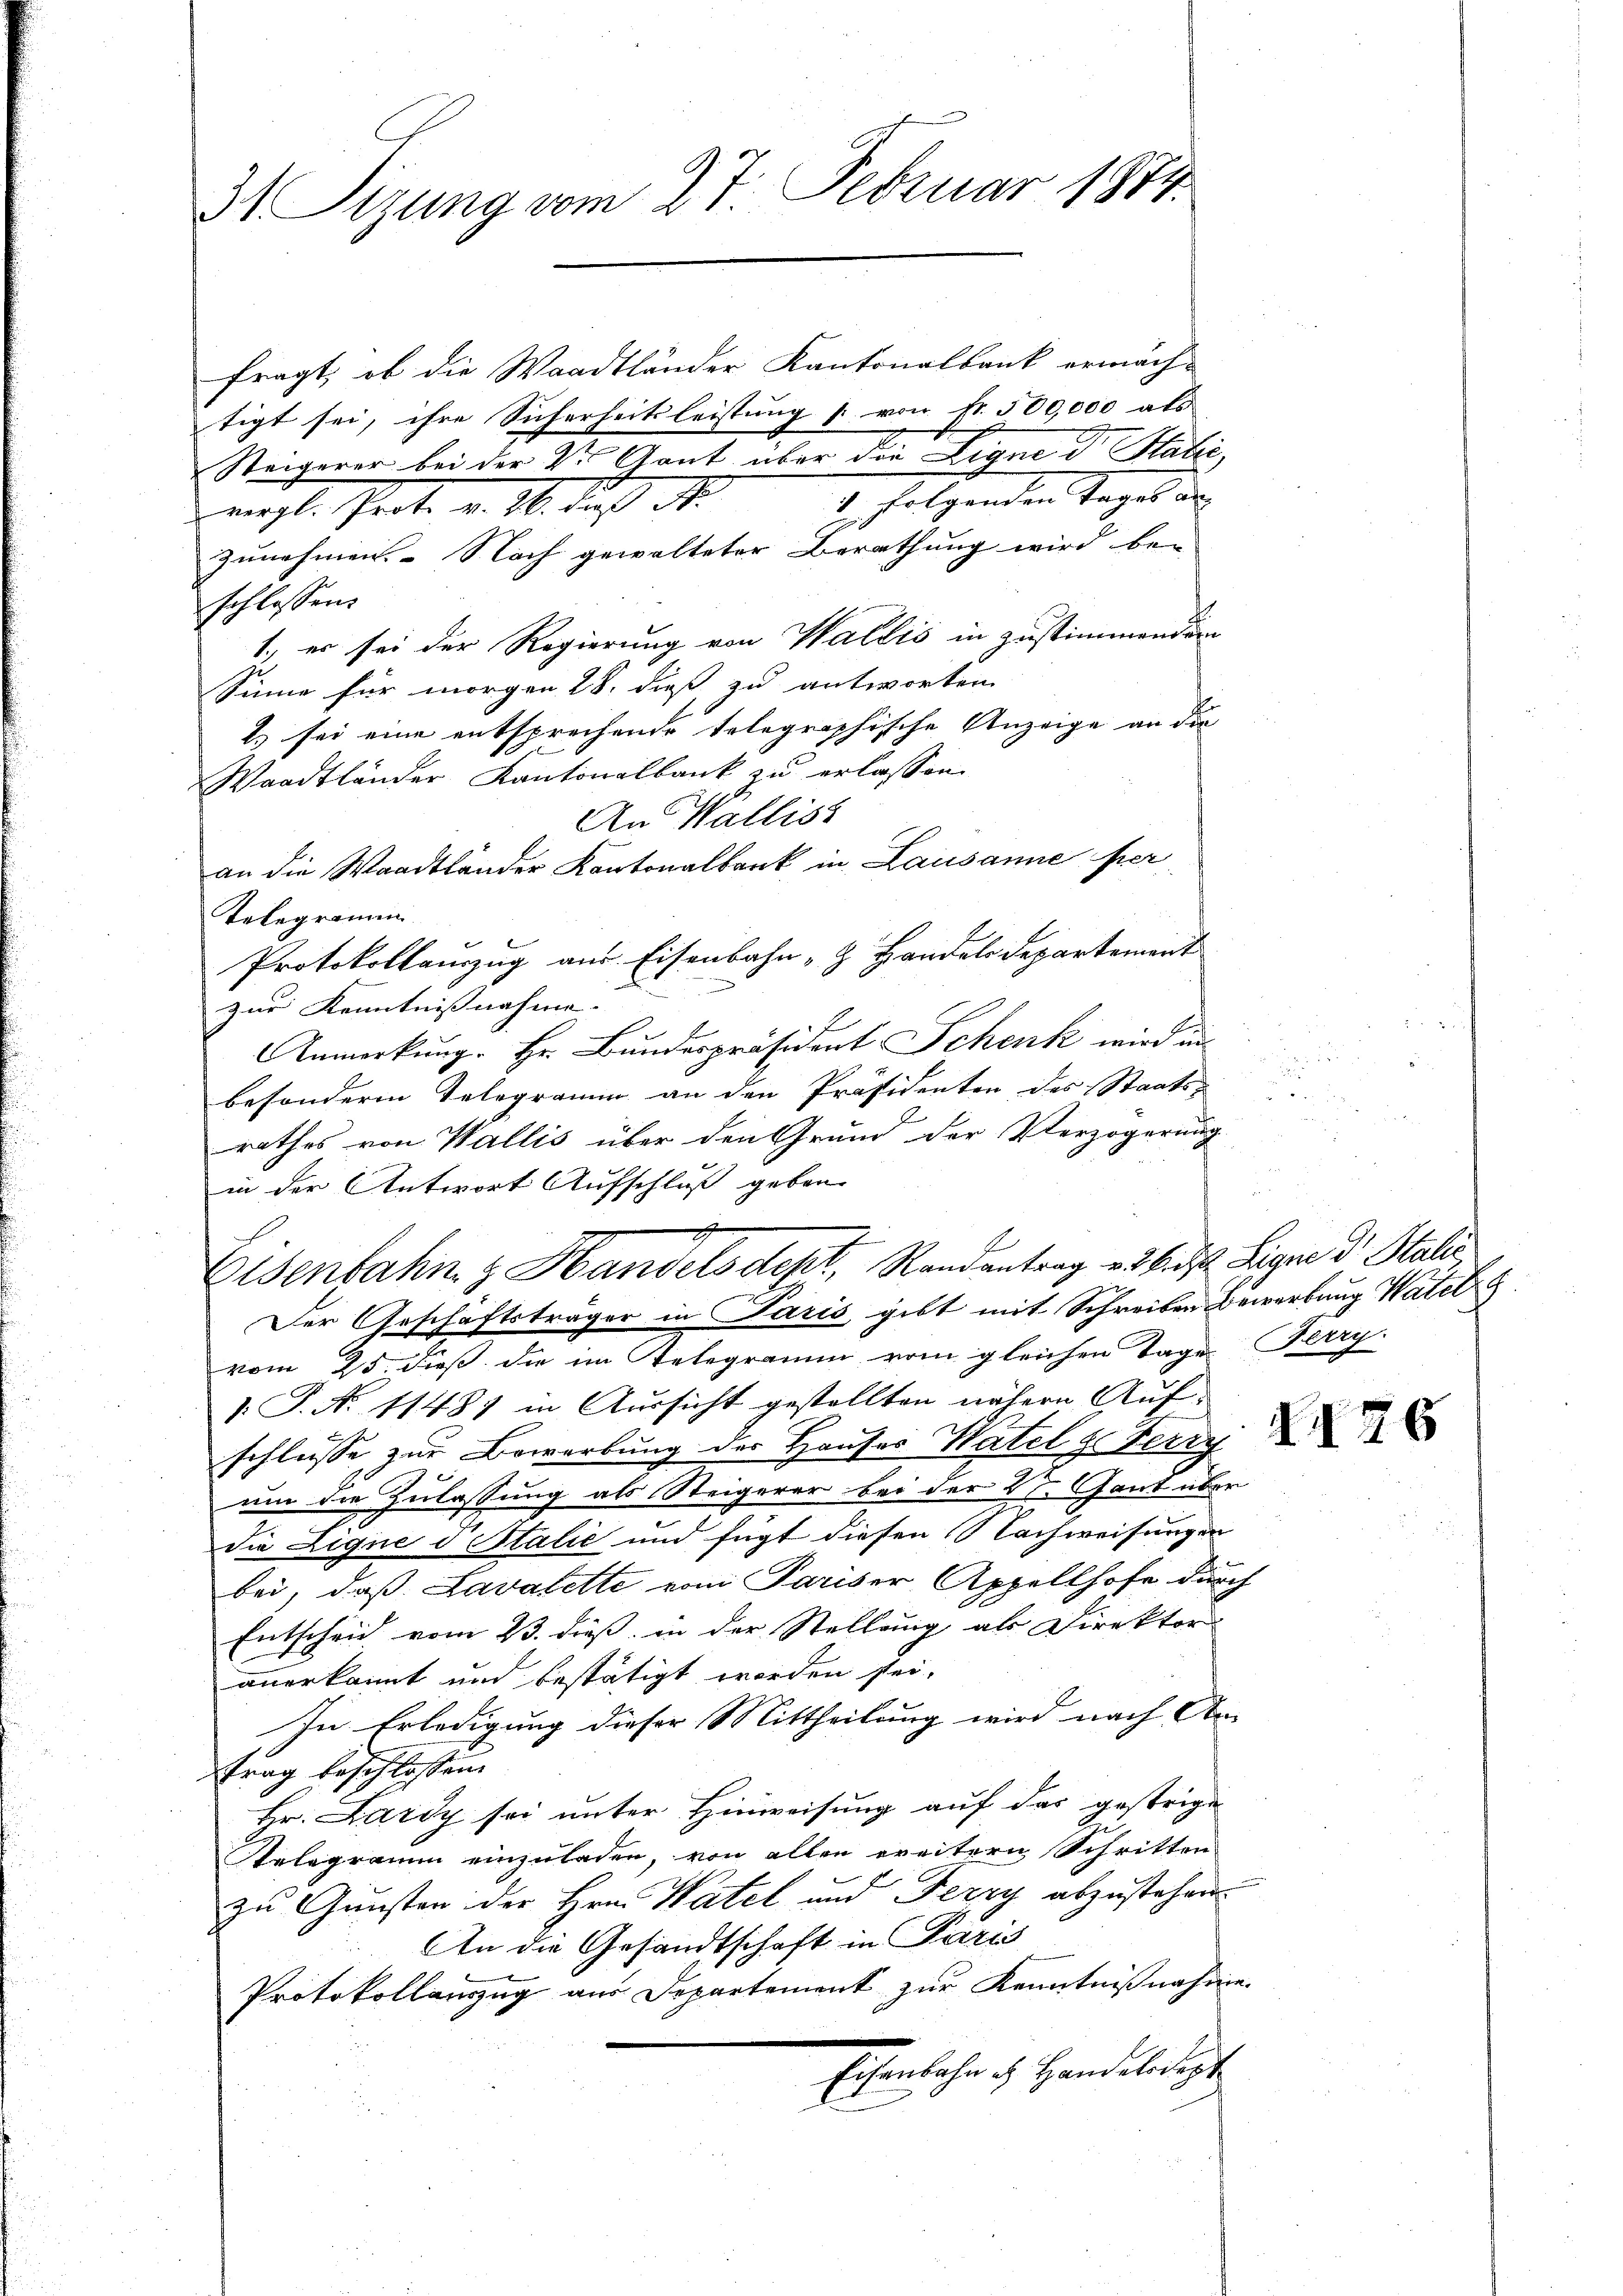
31 Sizung vom 27. Februar 1874.

fragt, ob die Waadtländer Kantonalbank ermächtigt sei, ihre Sicherheitsleistung s. von Nr. 500,000 als
Steigerer bei der 2ten Gant über den Ligne dr. Halić,
4 folgenden Tages an
mgl. Prot. v. 16. das A.
zunehmen. - Nach gewalteter Berathung wird be-
schlossen:
1. es sei der Regierung von Wallis in Zustimmenden
Sinne für morgen 28. dieß, zu antworten.
1.) sei eine entsprechende telegraphische Anzeige an die
Waadtländer Kantonalbank zu erlassen.
An Walliss
an die Waadtländer Kantonalbank in Lausanne per
Telegramm
Protokollanzug aus Eisenbahn- & Handels Departement
zur Kenntnissnahme. |
Anmerkung. Hr. Bundespräsident Schenk wird un
besondere Telegramm an den Präsidenten des Staatsrathes von Wallis über den Grund der Verzögerung
in der Antwort Aufschluß geben.
g

Elsenfahig Handels dept, Randantrag u. 26. d. Ligne der Stalić,
Der Geschäftsträger in Paris gibt mit Schreiben Bewerbung Watel g

vom 25. dieß die im Telegramm vom gleichen Tage Ferry.
1. P. Nr. 11487 in Aussicht gestellten nähern Auf
schliesse zur Bewerbung der Hauses Wartel d. Feri
um die Zulassung als Steigerer bei der XI. Gant über
die Ligne d Italić und fügt diesen Nachweisungen
bei, daß Lavatette vom Pariser Appellhofe durch
Entscheid vom 23. dieß in der Stellung als Direktor
anerkannt und bestätigt worden sei.
In Erledigung dieser Mittheilung wird nach An-
trag beschlossen:
Hr. Lardy sei unter Hinweisung auf das gestrige
Telegramm einzuladen, von allen weitern Schritten
zu Gunsten der Hrn. Watel und Ferry abzustehen.
An die Gesandtschaft in Paris
Protokollanzug aus Departement zur Kenntnißnahme.
Eheliche in Handesrecht